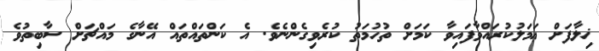
ޚިލާފަށް ޢަމަލުކުރައްވާފައިވާ ކަމަށް ތުހުމަތު ކުރެވިގެންނެވެ. އެ ކަންތައްތައް އޭނާގެ މައްޗަށް ސާބިތުވެ